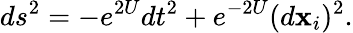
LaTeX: ds^{2}=-e^{2U}dt^{2}+e^{-2U}(d\mathbf{x}_{i})^{2}.